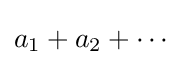
a_{1}+a_{2}+\cdots